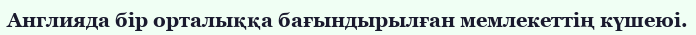
Англияда бір орталыққа бағындырылған мемлекеттің күшеюі.